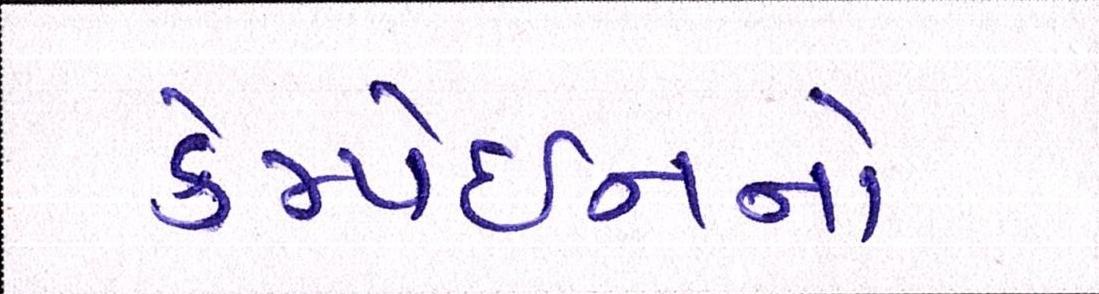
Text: કેમ્પેઈનનો